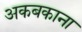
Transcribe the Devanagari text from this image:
अकबकाना